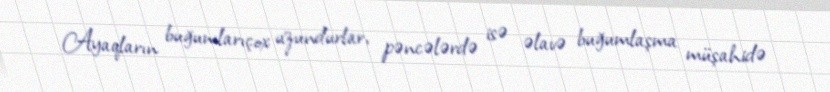
Ayaqların buğumlarıçox uzundurlar, pəncələrdə isə əlavə buğumlaşma müşahidə